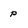
Character: P